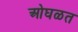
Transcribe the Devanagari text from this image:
ओघळत